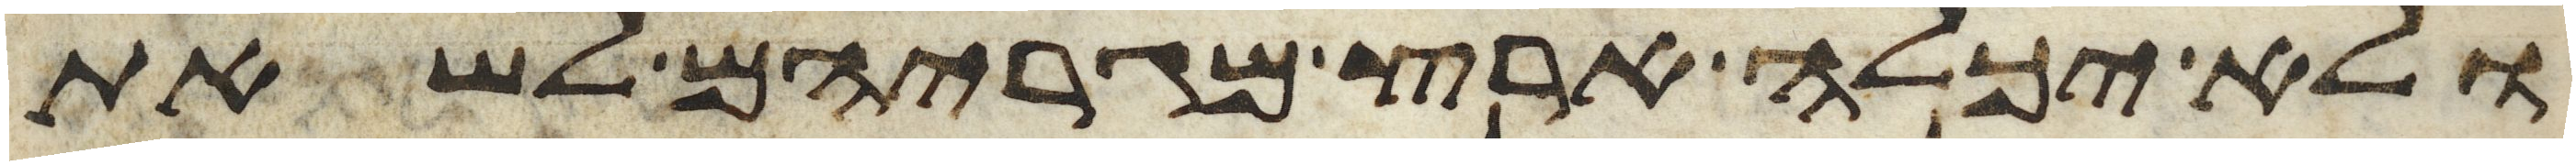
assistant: ולא יכלה ארץ מגריהם לשאת